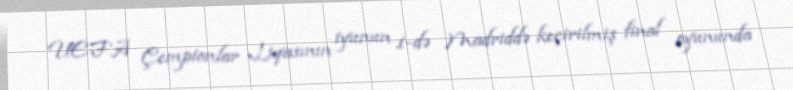
UEFA Çempionlar Liqasının iyunun 1-də Madriddə keçirilmiş final oyununda